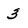
Character: 3